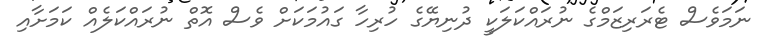
ނަމަވެސް ޓެރަރިޒަމްގެ ނުރައްކަލަކީ ދުނިޔޭގެ ހުރިހާ ގައުމަކަށް ވެސް އޮތް ނުރައްކަލެއް ކަމަށާއި